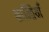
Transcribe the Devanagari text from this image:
भ्रान्तियाँ